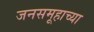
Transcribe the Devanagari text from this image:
जनसमूहाच्या